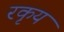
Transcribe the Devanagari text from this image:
रकृय